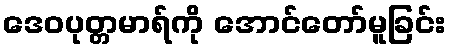
ဒေဝပုတ္တမာရ်ကို အောင်တော်မူခြင်း